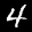
Label: 4